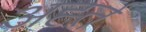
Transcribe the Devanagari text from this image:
अर्ह्त